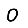
Digit: 0